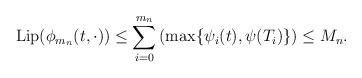
LaTeX: \begin{align*}\mathrm{Lip}(\phi_{m_n}(t, \cdot))\leq \sum_{i=0}^{m_n} \left(\max\{\psi_i (t), \psi (T_i)\}\right) \leq M_n.\end{align*}